Lunatic asylums United Provinces 1909-1921 - 1909-1921
Year: 1909
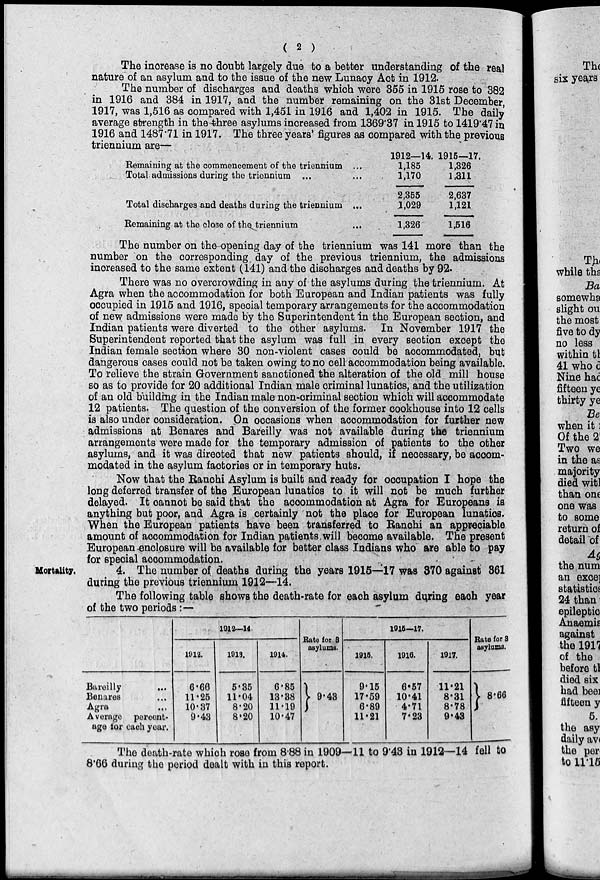
( 2 )
The increase is no doubt largely due to a better understanding of the real
nature of an asylum and to the issue of the new Lunacy Act in 1912.
The number of discharges and deaths which were 355 in 1915 rose to 382
in 1916 and 384 in 1917, and the number remaining on the 31st December,
1917, was 1,516 as compared with 1,451 in 1916 and 1,402 in 1915. The daily
average strength in the-three asylums increased from 1369.37 in 1915 to 1419.47 in
1916 and 1487.71 in 1917. The three years' figures as compared with the previous
triennium are—
Remaining at the commencement of the triennium ...
Total admissions during the triennium ... ...
Total discharges and deaths during the triennium ...
Remaining at the close of the triennium ...
1912—14.
1,185
1,170
2,355
1,029
1,326
1915—17.
1,326
1,311
2,637
1,121
1,516
The number on the-opening day of the triennium was 141 more than the
number on the corresponding day of the previous triennium, the admissions
increased to the same extent (141) and the discharges and deaths by 92.
There was no overcrowding in any of the asylums during the triennium. At
Agra when the accommodation for both European and Indian patients was fully
occupied in 1915 and 1916, special temporary arrangements for the accommodation
of new admissions were made by the Superintendent in the European section, and
Indian patients were diverted to the other asylums. In November 1917 the
Superintendent reported that the asylum was full in every section except the
Indian female section where 30 non-violent cases could be accommodated, but
dangerous cases could not be taken owing to no cell accommodation being available.
To relieve the strain Government sanctioned the alteration of the old mill house
so as to provide for 20 additional Indian male criminal lunatics, and the utilization
of an old building in the Indian male non-criminal section which will accommodate
12 patients. The question of the conversion of the former cookhouse into 12 cells
is also under consideration. On occasions when accommodation for further new
admissions at Benares and Bareilly was not available during the triennium
arrangements were made for the temporary admission of patients to the other
asylums, and it was directed that new patients should, if necessary, be accom-
modated in the asylum factories or in temporary huts.
Now that the Ranchi Asylum is built and ready for occupation I hope the
long deferred transfer of the European lunatics to it will not be much further
delayed. It cannot be said that the accommodation at Agra for Europeans is
anything but poor, and Agra is certainly not the place for European lunatics.
When the European patients have been transferred to Ranchi an appreciable
amount of accommodation for Indian patients will become available. The present
European enclosure will be available for better class Indians who are able to pay
for special accommodation.
Mortality.
4. The number of deaths during the years l915—17 was 370 against 361
during the previous triennium 1912—14.
The following table shows the death-rate for each asylum during each year
of the two periods :—
Bareilly
...
Benares ...
Agra ...
Average percent-
age for each year.
1912—14.
1912.
6.66
11.25
10.37
9.43
1013.
5.35
11.04
8.20
8.20
1914.
6.85
13.38
11.19
10.47
Rate for 8
asylums.
9.48
1915-17.
1915.
9.15
17.59
6.89
11.21
1916.
6.57
10.41
4.71
7.23
1917.
11.21
8.31
8.78
9.43
Rate for 3
asylums.
8.66
The death-rate which rose from 8.88 in. 1909—11 to 9.43 in 1912—14 fell to
8.66 during the period dealt with in this report.